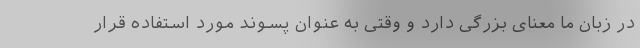
در زبان ما معنای بزرگی دارد و وقتی به عنوان پسوند مورد استفاده قرار